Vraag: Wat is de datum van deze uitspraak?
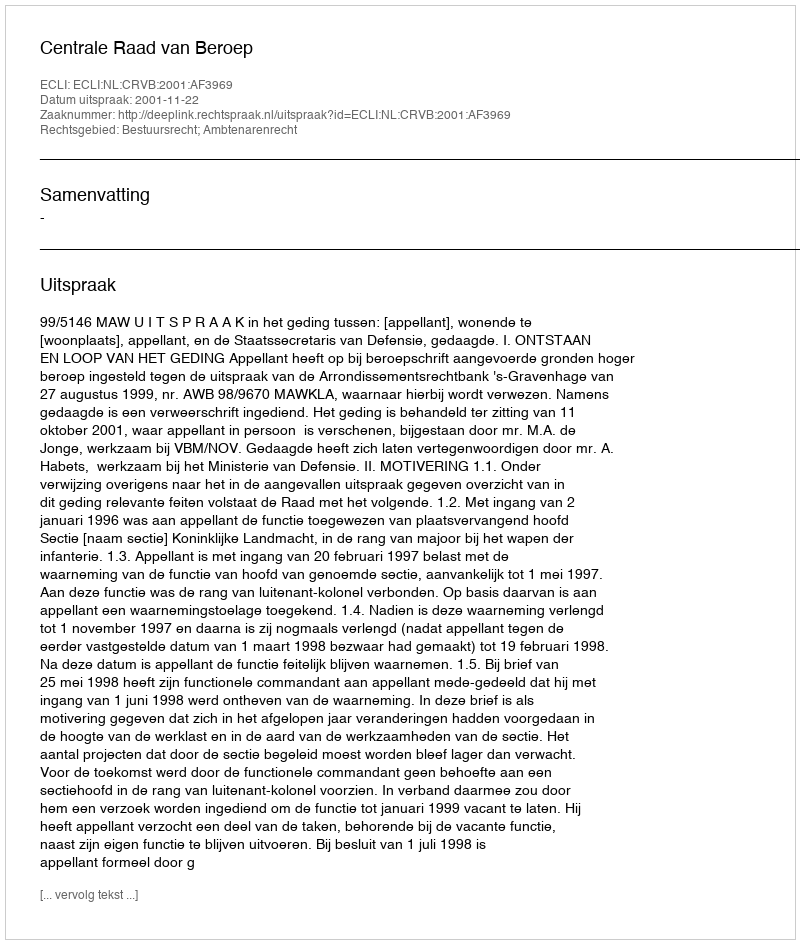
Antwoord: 2001-11-22